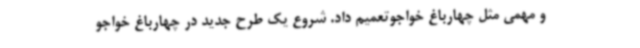
و مهمی مثل چهارباغ خواجوتعمیم داد. شروع یک طرح جدید در چهارباغ خواجو